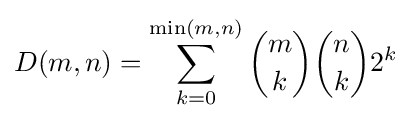
D(m,n)=\sum _{k=0}^{\min(m,n)}{\binom {m}{k}}{\binom {n}{k}}2^{k}